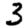
Digit: 3